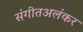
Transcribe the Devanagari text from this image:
संगीतअलंकर